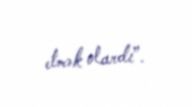
etmək olardı”.